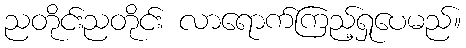
ညတိုင်းညတိုင်း လာရောက်ကြည့်ရှုပေမည်။